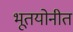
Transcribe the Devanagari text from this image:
भूतयोनीत